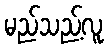
မည်သည့်လူ